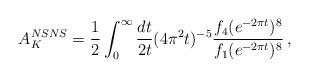
LaTeX: \begin{align*}A^{NSNS}_K = {1\over 2}\int_0^\infty{dt\over 2t} (4\pi^2t)^{-5} {f_4(e^{-2\pi t})^8\over f_1(e^{-2\pi t})^8} \,,\end{align*}